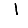
Digit: 1